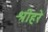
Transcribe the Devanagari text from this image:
श्रीहरे